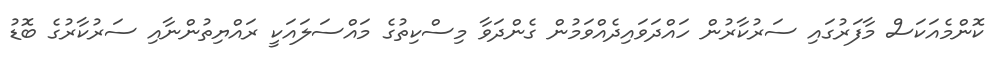
ކޮންމެއަކަސް މާފަރުގައި ސަރުކާރުން ހައްދަވައިދެއްވަމުން ގެންދަވާ މިސްކިތުގެ މައްސަލައަކީ ރައްޔިތުންނާއި ސަރުކާރުގެ ބޮޑު